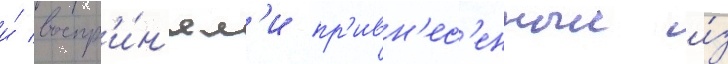
и́ воспр'и́н'ял'и пр'ивн'ес'енныи и́з